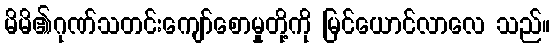
မိမိ၏ဂုဏ်သတင်းကျော်စောမှုတို့ကို မြင်ယောင်လာလေ သည်။